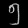
Digit: ၅